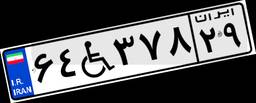
۳۸W۱۱۰۱۰